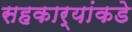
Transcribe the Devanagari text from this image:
सहकार्‍यांकडे